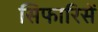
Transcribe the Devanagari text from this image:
सिफारिसें